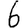
Digit: 6